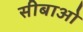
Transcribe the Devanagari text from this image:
सीबाओ